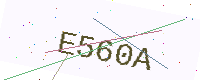
Text: E560A